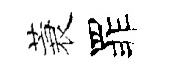
蓑罪